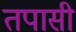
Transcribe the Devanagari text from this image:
तपासी